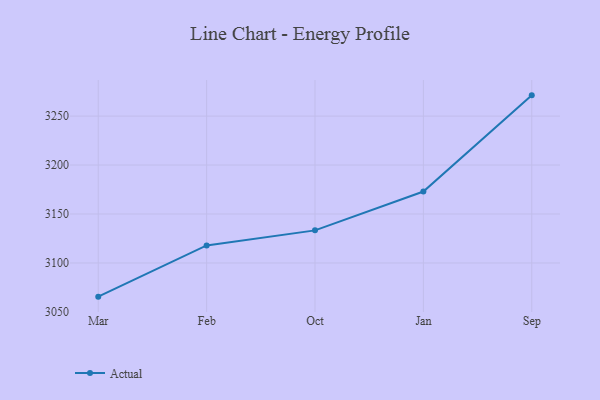
{"axis": {"x": "Month", "y": "Latency (ms)"}, "legend": ["Actual"], "data": [{"x": "Mar", "y": 3065.6, "type": "Actual"}, {"x": "Feb", "y": 3117.9, "type": "Actual"}, {"x": "Oct", "y": 3133.3, "type": "Actual"}, {"x": "Jan", "y": 3173.0, "type": "Actual"}, {"x": "Sep", "y": 3271.2, "type": "Actual"}]}